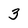
Character: 3